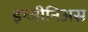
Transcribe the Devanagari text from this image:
इन्जीनिअस